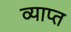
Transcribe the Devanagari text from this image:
व्याप्‍त